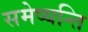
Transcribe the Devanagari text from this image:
समेष्यन्ति